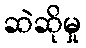
ဆဲဆိုမှု